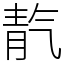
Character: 靔